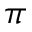
\pi